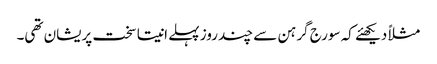
مثلاً دیکھئے کہ سورج گرہن سے چند روز پہلے انیتا سخت پریشان تھی۔